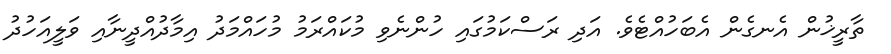
ތާރީޚުން އެނގެން އެބަހުއްޓެވެ. އަދި ރަސްކަމުގައި ހުންނެވި މުކައްރަމު މުހައްމަދު އިމާދުއްދީނާއި ވަލީއަހުދު